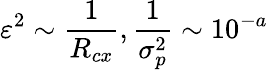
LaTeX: \varepsilon^{2}\sim\frac{1}{R_{cx}},\frac{1}{\sigma_{p}^{2}}\sim 10^{-a}